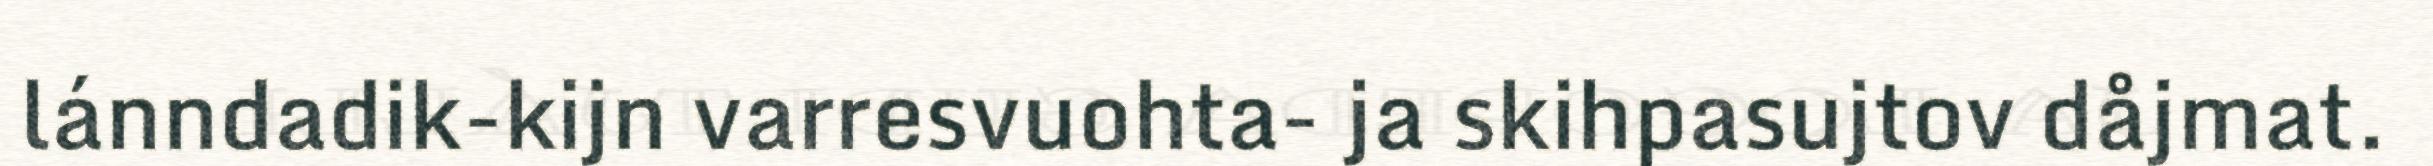
lánndadik-kijn varresvuohta- ja skihpasujtov dåjmat.